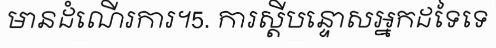
មានដំណើរការ។5. ការស្តីបន្ទោសអ្នកដទៃទេ